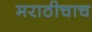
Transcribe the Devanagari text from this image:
मराठीचाच